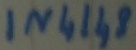
Text: IN4148